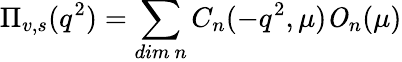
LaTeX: \Pi_{v,s}(q^{2})=\sum_{dim~n}C_{n}(-q^{2},\mu){\mathit O}_{n}(\mu)